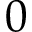
0